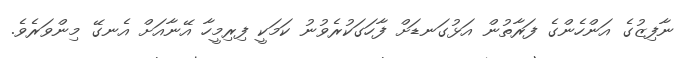
ނާފިޒުގެ އަންހެންގެ ފަރާތުން އަޅުގަނޑަށް ފާހަގަކުރެވުނު ކަމަކީ ފިރިމީހާ އޭނާއަށް އެނގޭ މިންވަރެވެ.